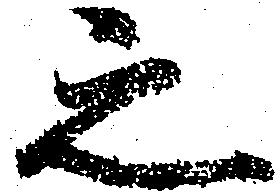
之